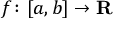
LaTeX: f \colon [ a , b ] \rightarrow \mathbf { R }